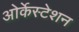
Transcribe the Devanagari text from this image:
ओर्केस्टेशन